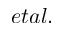
e t a l .